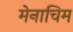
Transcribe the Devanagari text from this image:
मेनाचिम